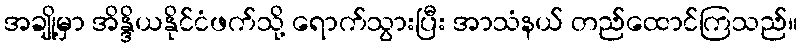
အချို့မှာ အိန္ဒိယနိုင်ငံဖက်သို့ ရောက်သွားပြီး အာသံနယ် တည်ထောင်ကြသည်။